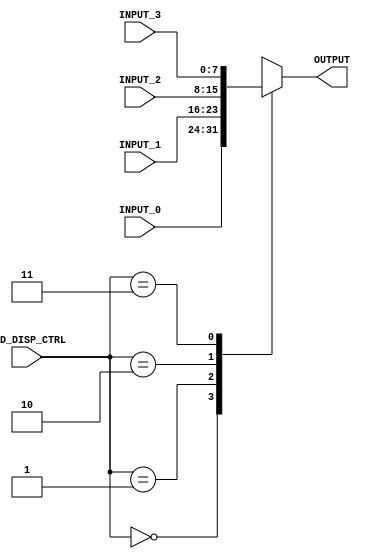
module LED_CTRL_MUX (
	input wire [1:0]	LED_DISP_CTRL,
	input wire [7:0]	INPUT_0,
	input wire [7:0]	INPUT_1,
	input wire [7:0]	INPUT_2,
	input wire [7:0]	INPUT_3,
	
	output reg	[7:0]	OUTPUT
);

always @(*)
	case (LED_DISP_CTRL)
		2'b00: OUTPUT = INPUT_0;
		2'b01: OUTPUT = INPUT_1;
		2'b10: OUTPUT = INPUT_2;
		2'b11: OUTPUT = INPUT_3;
		default: OUTPUT = INPUT_0; 
	endcase
	
endmodule